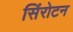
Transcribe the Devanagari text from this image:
सिंरोटन